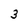
Character: 3